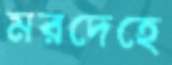
মরদেহে